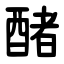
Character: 醏